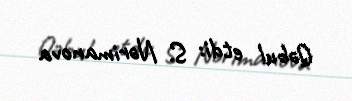
Qəbul etdi: S. Nərimanova